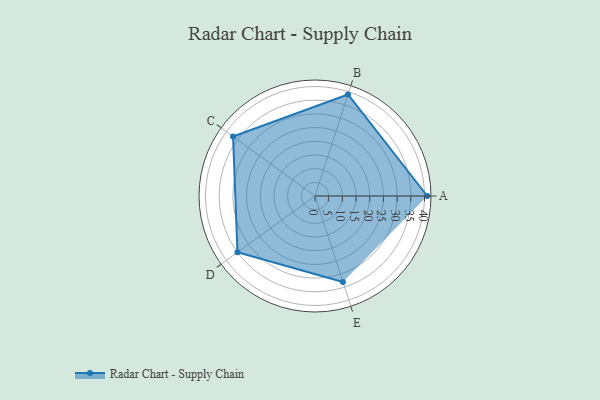
{"axis": {"x": "Skill", "y": "Score"}, "legend": ["Profile"], "data": [{"x": "A", "y": 41.0, "type": "Profile"}, {"x": "B", "y": 39.0, "type": "Profile"}, {"x": "C", "y": 37.0, "type": "Profile"}, {"x": "D", "y": 35.0, "type": "Profile"}, {"x": "E", "y": 33.0, "type": "Profile"}]}